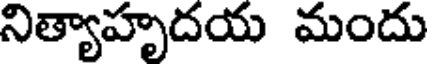
నిత్యాహృదయ మందు